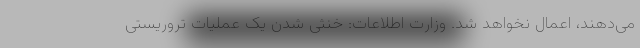
می‌دهند، اعمال نخواهد شد. وزارت اطلاعات: خنثی شدن یک عملیات تروریستی